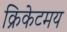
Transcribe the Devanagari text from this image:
क्रिकेटमय